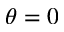
\theta = 0